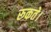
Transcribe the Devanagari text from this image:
रूकते।